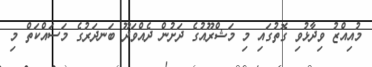
މުއިއްޒު ވިދާޅުވި ގޮތުގައި މި މަޝްރޫއުގެ ދަށުން ދެއްވަދޫ ބަނދަރުގެ މަސައްކަތް މި